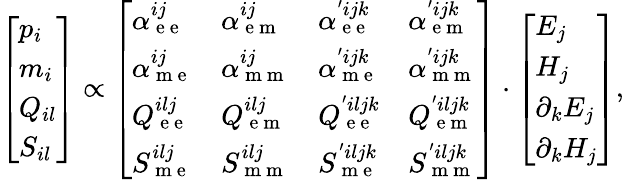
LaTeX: \left[\begin{array}{l}{p_{i}}\\ {m_{i}}\\ {Q_{il}}\\ {S_{il}}\end{array}\right]\propto\left[\begin{array}{llll}{\alpha_{\mathrm{~e~e~}}^{ij}}&{\alpha_{\mathrm{~e~m~}}^{ij}}&{\alpha_{\mathrm{~e~e~}}^{'ijk}}&{\alpha_{\mathrm{~e~m~}}^{'ijk}}\\ {\alpha_{\mathrm{~m~e~}}^{ij}}&{\alpha_{\mathrm{~m~m~}}^{ij}}&{\alpha_{\mathrm{~m~e~}}^{'ijk}}&{\alpha_{\mathrm{~m~m~}}^{'ijk}}\\ {Q_{\mathrm{~e~e~}}^{ilj}}&{Q_{\mathrm{~e~m~}}^{ilj}}&{Q_{\mathrm{~e~e~}}^{'iljk}}&{Q_{\mathrm{~e~m~}}^{'iljk}}\\ {S_{\mathrm{~m~e~}}^{ilj}}&{S_{\mathrm{~m~m~}}^{ilj}}&{S_{\mathrm{~m~e~}}^{'iljk}}&{S_{\mathrm{~m~m~}}^{'iljk}}\end{array}\right]\cdot\left[\begin{array}{l}{E_{j}}\\ {H_{j}}\\ {\partial_{k}E_{j}}\\ {\partial_{k}H_{j}}\end{array}\right],